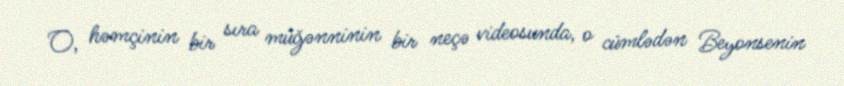
O, həmçinin bir sıra müğənninin bir neçə videosunda, o cümlədən Beyonsenin